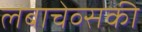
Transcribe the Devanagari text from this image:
लबाचेव्सकी